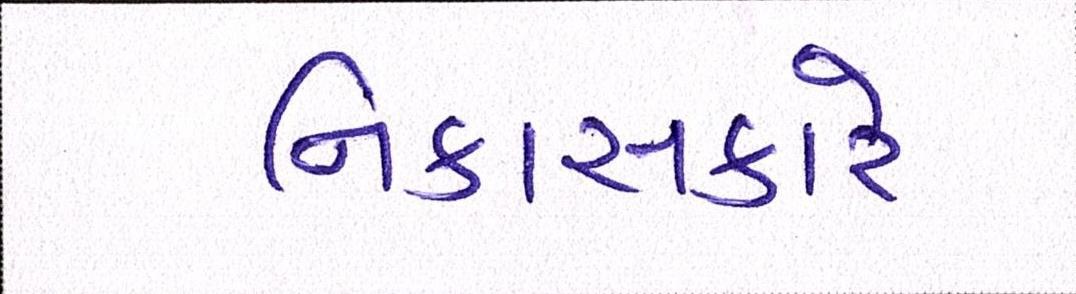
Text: નિકાસકારે